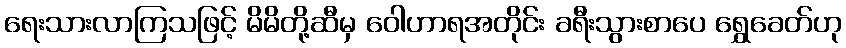
ရေးသားလာကြသဖြင့် မိမိတို့ဆီမှ ဝေါဟာရအတိုင်း ခရီးသွားစာပေ ရွှေခေတ်ဟု